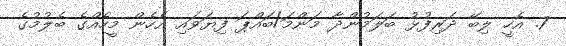
7. އެހީ ލިބޭ ދަރިފުޅު ބަލަމުންދާ މަންމަ/ބައްޕަ ފިޔަވައި އެހެން މީހެއްގެ ބެލުމުގެ